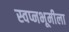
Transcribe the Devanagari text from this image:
स्वप्नभूमीला